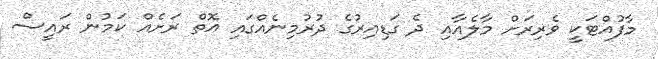
މާފުއްޓަކީ ވެރިރަށް މާލެއާއި ދެ ގަޑިއިރުގެ ދުރުމިނެއްގައި އޮތް ރަށެއް ކަމުން ރައީސް